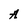
Character: A